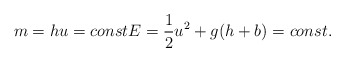
\begin{align*} m=hu=const E=\frac{1}{2}u^2+g(h+b)=const.\end{align*}